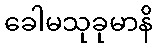
ခေါမသုခုမာနိ